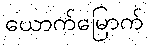
ယောက်မြောက်